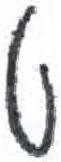
אות: ט